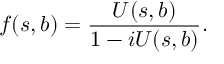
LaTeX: f ( s , b ) = \frac { U ( s , b ) } { 1 - i U ( s , b ) } .